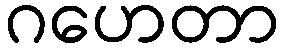
ဂဟေတာ